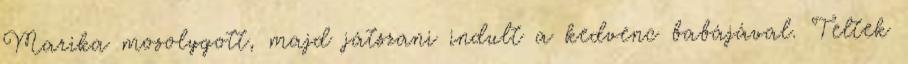
Marika mosolygott, majd játszani indult a kedvenc babájával. Teltek